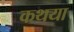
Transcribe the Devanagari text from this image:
कथया